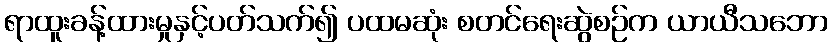
ရာထူးခန့်ထားမှုနှင့်ပတ်သက်၍ ပထမဆုံး စတင်ရေးဆွဲစဉ်က ယာယီသဘော